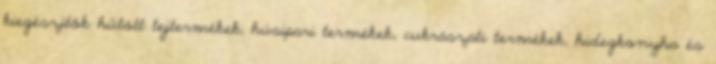
kiegészítők hűtött tejtermékek, húsipari termékek, cukrászati termékek, hidegkonyha és